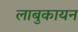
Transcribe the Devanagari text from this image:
लाबुकायन